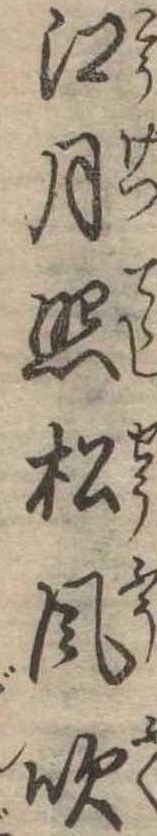
江月照松風吹